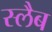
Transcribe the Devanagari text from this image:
स्‍लैब